Report on horse surra - Volume I
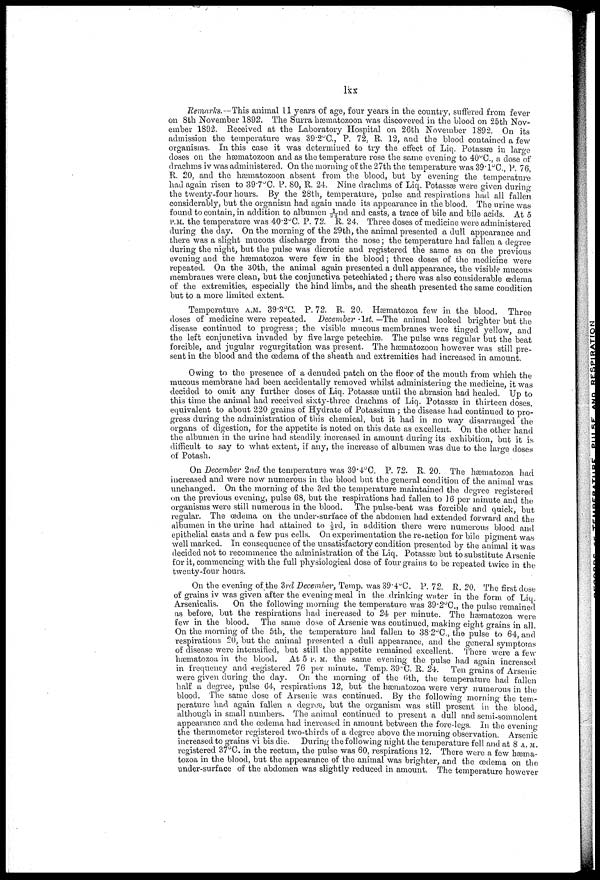
lxx
Remarks.—This animal 11 years of age, four years in the country, suffered from fever
on 8th November 1892. The Surra hæmatozoon was discovered in the blood on 25th Nov
ember 1892. Received at the Laboratory Hospital on 26th November 1892. On its
admission the temperature was 39.2°C., P. 72. R. 12, and the blood contained a few
organisms. In this case it was determined to try the effect of Liq. Potassæ in large
doses on the hæmatozoon and as the temperature rose the same evening to 40°C., a dose of
drachms iv was administered. On the morning oil the 27th the temperature was 39.1°C., P. 76,
R. 20, and the hæmatozoon, absent from the blood, but by evening the temperature
had again risen to 397°C. P. 80, R. 24. Nine drachms of Liq. Potassæ were given during
the twenty-four hours. By the 28th, temperature, pulse and respirations had all fallen
considerably, but the organism had again made its appearance in the blood. The urine was
found to contain, in addition to albumen 1/22nd and casts, a trace of bile and bile acids. At 5
P.M. the temperature was 40.2°C. P. 72. R. 24. Three doses of medicine were administered
during the day. On the morning of the 29th, the animal presented a dull appearance and
there was a slight mucous discharge from the nose; the temperature had fallen a degree
during the night, but the pulse was dicrotic and registered the same as on the previous
evening and the hæmatozoa were few in the blood ; three doses of the medicine were
repeated. On the 30th, the animal again presented a dull appearance, the visible mucous
membranes were clean, but the conjunctiva petechiated; there was also considerable œdema
of the extremities, especially the hind limbs, and the sheath presented the same condition
but to a more limited extent.
Temperature A.M. 39.8°C. P. 72. R. 20. Hæmatozoa few in the blood. Three
doses of medicine were repeated. December 1st. —The animal looked brighter but the
disease continued to progress ; the visible mucous membranes were tinged yellow, and
the left conjunctiva invaded by five large petechia?. The pulse was regular but the beat
forcible, and jugular regurgitation was present. The hæmatozoon however was still pre
sent in the blood and the œdema of the sheath and extremities had increased in amount.
Owing to the presence of a denuded patch on the floor of the mouth from which the
mucous membrane had been accidentally removed whilst administering the medicine, it was
decided to omit any further doses of Liq. Potassæ until the abrasion had healed. Up to
this time the animal had received sixty-three drachms of Liq. Potassæ in thirteen doses,
equivalent to about 220 grains of Hydrate of Potassium ; the disease had continued to pro
gress during the administration of this chemical, but it had in no way disarranged the
organs of digestion, for the appetite is noted on this date as excellent. On the other hand
the albumen in the urine had steadily increased in amount during its exhibition, but it is
difficult to say to what extent, if any, the increase of albumen was due to the large doses
of Potash.
On December 2nd the temperature was 39.4°C. P. 72. R. 20. The hæmatozoa had
increased and were now numerous in the blood but the general condition of the animal was
unchanged. On the morning of the 3rd the temperature maintained the degree registered
on the previous evening, pulse 68, but the respirations had fallen to 16 per minute and the
organisms were still numerous in the blood. The pulse-beat was forcible and quick, but
regular. The œdema on the under-surface of the abdomen had extended forward and the
albumen in the urine had attained to ⅓rd, in addition there were numerous blood and
epithelial casts and a few pus cells. On experimentation the re-action for bile pigment was
well marked. In consequence of the unsatisfactory condition presented by the animal it was
decided not to recommence the administration of the Liq. Potassæ but to substitute Arsenic
for it, commencing with the full physiological dose of four grains to be repeated twice in the
twenty-four hours.
On the evening of the 3rd December, Temp. was 39.4°C. P. 72. R. 20. The first dose
of grains iv was given after the evening meal in the drinking water in the form of Liq.
Arsenicalis.
On the following morning the temperature was 39.2°C., the pulse remained
as before, but the respirations had increased to 24 per minute. The hæmatozoa were
few in the blood. The same dose of Arsenic was continued, making eight grains in all.
On the morning of the 5th, the temperature had fallen to 38.2°C., the pulse to 64, and
respirations 20, but the animal presented a dull appearance, and the general symptoms
of disease were intensified, but still the appetite remained excellent. There were a few
hæmatozoa in the blood. At 5 P.M. the same evening the pulse had again increased
in frequency and registered 76 per minute. Temp. 39°C. R. 24. Ten grains of Arsenic
were given during the day. On the morning of the 6th, the temperature bad fallen
half a degree, pulse 64, respirations 12, but the hæmatozoa were very numerous in the
blood. The same dose of Arsenic was continued. By the following morning the tem
perature had again fallen a degree, but the organism was still present in the blood,
although in small numbers. The animal continued to present a dull and semi-somnolent
appearance and the œdema had increased in amount between the fore-legs. In the evening
the thermometer registered two-thirds of a degree above the morning observation. Arsenic
increased to grains vi bis die. During the following night the temperature fell and at 8 A.M.
registered 37°C. in the rectum, the pulse was 60, respirations 12. There were a few hæma-
tozoa
under-surface of the abdomen was slightly reduced in amount. The temperature however